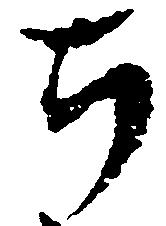
ち